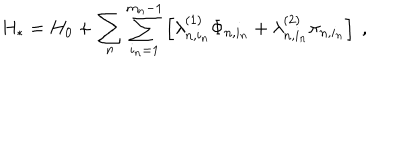
H _ { * } = H _ { 0 } + \sum _ { n } \sum _ { i _ { n } = 1 } ^ { m _ { n } - 1 } \left[ \lambda _ { n , i _ { n } } ^ { ( 1 ) } \Phi _ { n , i _ { n } } + \lambda _ { n , i _ { n } } ^ { ( 2 ) } \pi _ { n , i _ { n } } \right] \ ,